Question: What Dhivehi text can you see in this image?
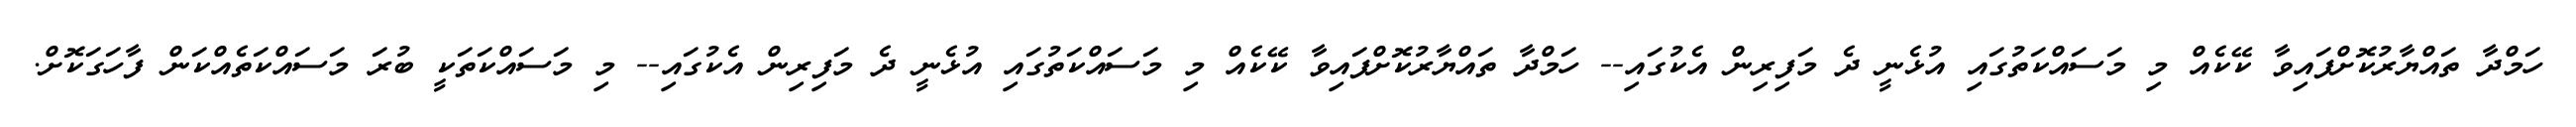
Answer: ހަމްދާ ތައްޔާރުކޮށްފައިވާ ކޭކެއް މި މަސައްކަތުގައި އުޅެނީ ދެ މަފިރިން އެކުގައި-- ހަމްދާ ތައްޔާރުކޮށްފައިވާ ކޭކެއް މި މަސައްކަތުގައި އުޅެނީ ދެ މަފިރިން އެކުގައި-- މި މަސައްކަތަކީ ބުރަ މަސައްކަތެއްކަން ފާހަގަކޮށް.